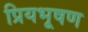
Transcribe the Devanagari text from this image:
प्रियभूषण